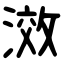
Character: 滧